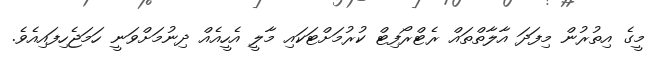
މީގެ އިތުރުން މިފަދަ އާލާތްތައް ރެޓްރޯފިޓް ކުރުމަށްޓަކައި މާލީ އެހީއެއް ދިނުމަށްވަނީ ހަމަޖެހިފައިއެވެ.